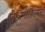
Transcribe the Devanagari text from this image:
पोलिमोर्फ़िज्ममें